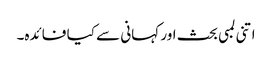
اتنی لمبی بحث اور کہانی سے کیا فائدہ۔